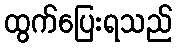
ထွက်ပြေးရသည်